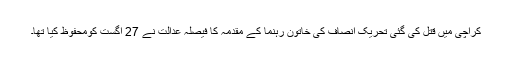
کراچی میں قتل کی گئی تحریک انصاف کی خاتون رہنما کے مقدمہ کا فیصلہ عدالت نے 27 اگست کومحفوظ کیا تھا۔